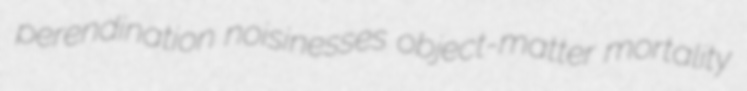
perendination noisinesses object-matter mortality